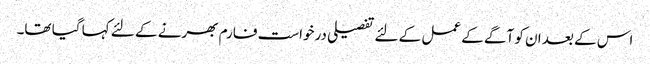
اس کے بعد ان کو آگے کے عمل کے لئے تفصیلی درخواست فارم بھرنے کے لئے کہا گیا تھا۔